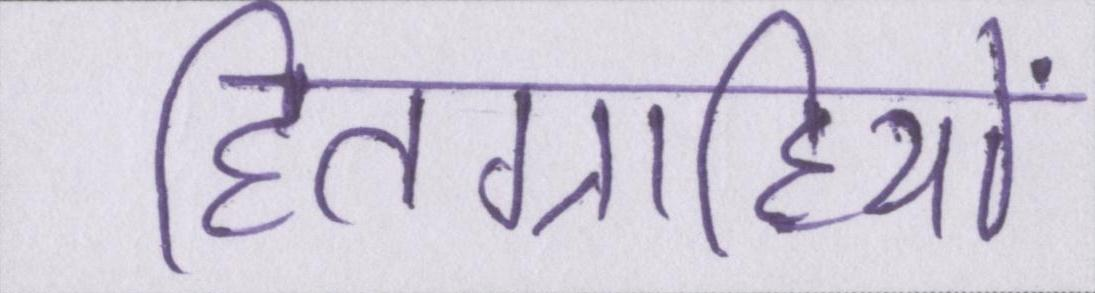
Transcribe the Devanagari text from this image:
हितग्राहियों